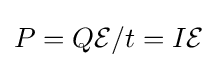
P=Q{\mathcal {E}}/t=I{\mathcal {E}}